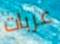
عربات